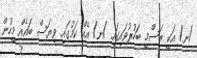
/ނ/ އަކީ ރަސްމީ ބަހުރުވައިގައި /ނ/ އެއް ކަމުގައި ވިޔަސް ބައެއް މީހުން